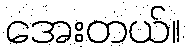
အေးတယ်။